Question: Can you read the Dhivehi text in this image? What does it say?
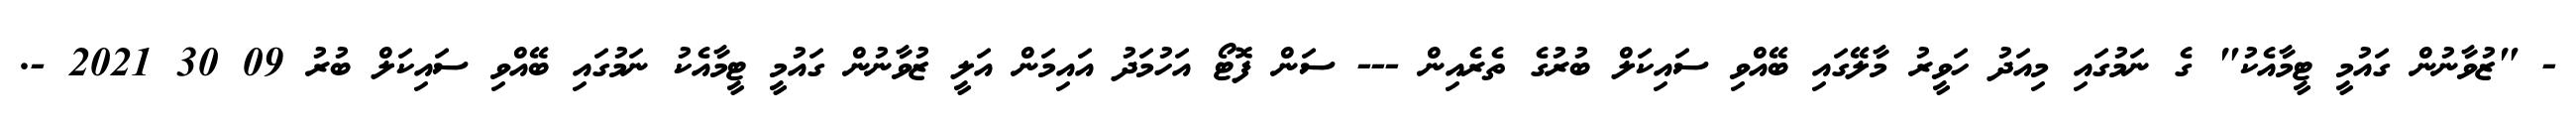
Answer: - "ޒުވާނުން ގައުމީ ޓީމާއެކު" ގެ ނަމުގައި މިއަދު ހަވީރު މާލޭގައި ބޭއްވި ސައިކަލް ބުރުގެ ތެރެއިން --- ސަން ފޮޓޯ އަހުމަދު އައިމަން އަލީ ޒުވާނުން ގައުމީ ޓީމާއެކު ނަމުގައި ބޭއްވި ސައިކަލް ބުރު 09 30 2021 -.